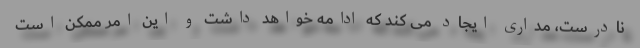
نادرست، مداری ایجاد می کند که ادامه خواهد داشت و این امر ممکن است